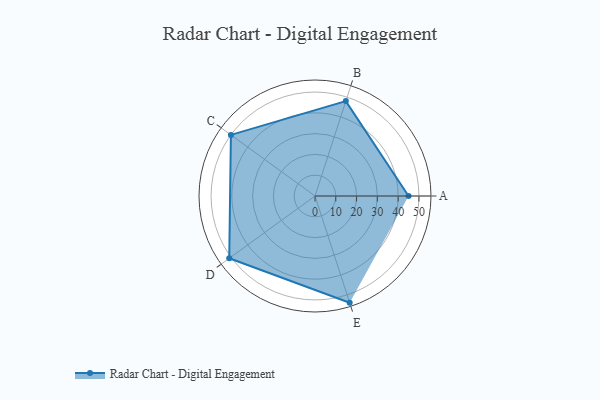
{"axis": {"x": "Skill", "y": "Score"}, "legend": ["Profile"], "data": [{"x": "A", "y": 45.0, "type": "Profile"}, {"x": "B", "y": 48.0, "type": "Profile"}, {"x": "C", "y": 50.0, "type": "Profile"}, {"x": "D", "y": 51.0, "type": "Profile"}, {"x": "E", "y": 54.0, "type": "Profile"}]}